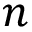
n